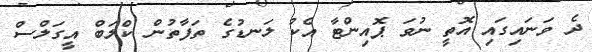
ދެ ވަނައިގައި އޮތީ ނުވަ ޕޮއިންޓާ އެކު ލަނޑުގެ ތަފާތުން ކްލަބް އީގަލްސް